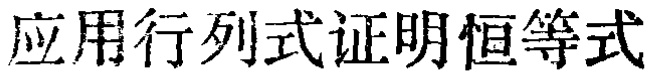
应用行列式证明恒等式